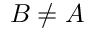
B \neq A